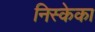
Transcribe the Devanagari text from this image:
निस्केका